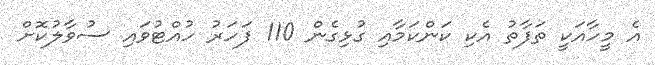
އެ މީހާއަކީ ތަފާތު އެކި ކަންކަމާއި ގުޅިގެން 110 ފަހަރު ހުއްޓުވައި ސުވާލުކޮށް